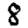
Digit: 8